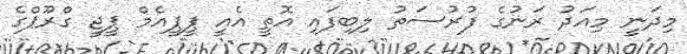
މިދަނީ މިއަދު ރަނުގެ ފުރުސަތު ލިބިފައި އޮތީ އެއީ ޕީޕީއެމް ޕީޖީ ގްރޫޕްގެ